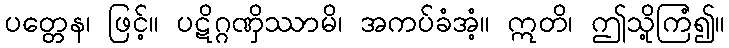
ပတ္တေန၊ ဖြင့်။ ပဋိဂ္ဂဏှိဿာမိ၊ အကပ်ခံအံ့။ ဣတိ၊ ဤသို့ကြံ၍။